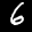
Label: 6